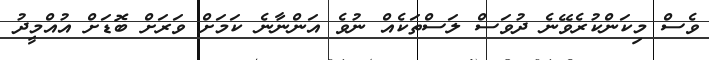
ވެސް މިކަންކުރެވޭނެ ދުވަސް ލަސްތަކެއް ނުވެ އަންނާނެ ކަމަށް ވަރަށް ބޮޑަށް އުއްމީދު